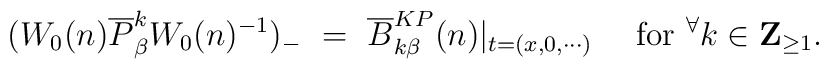
(W_0(n)\overline{P}^k_\beta W_0(n)^{-1})_-{}~=~ \overline{B}^{KP}_{k\beta}(n)|_{t=(x,0,\cdots)}~~~~\mbox{for}~^\forall k \in \mbox{$\bf{Z}$}_{\geq 1}.